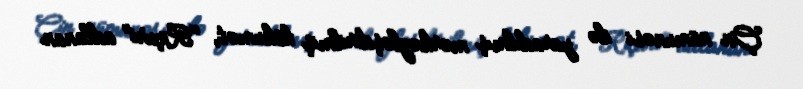
Çin nümunəsi ilə yaradılmış mərkəzləşdirilmiş hökumət, "Riçuri" adlanan